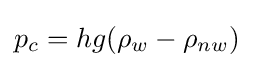
p_{c}=hg(\rho _{w}-\rho _{nw})